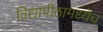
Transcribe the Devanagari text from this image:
विद्यापीठामध्येच